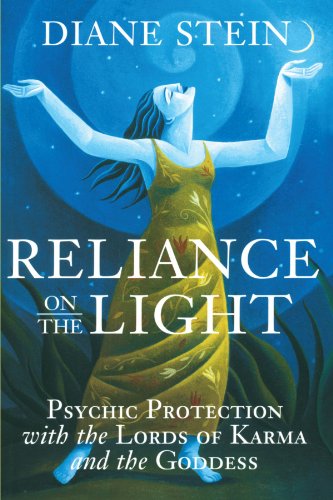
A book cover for Reliance on the Light: Psychic Protection with the Lords of Karma and the Goddess; Diane Stein; Religion & Spirituality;